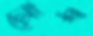
লোস